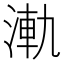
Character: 𣷾